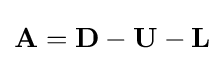
\mathbf {A} =\mathbf {D} -\mathbf {U} -\mathbf {L}